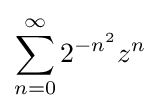
\sum _{n=0}^{\infty }2^{-n^{2}}z^{n}